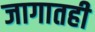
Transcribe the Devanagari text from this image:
जागातही